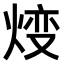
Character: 𤊰